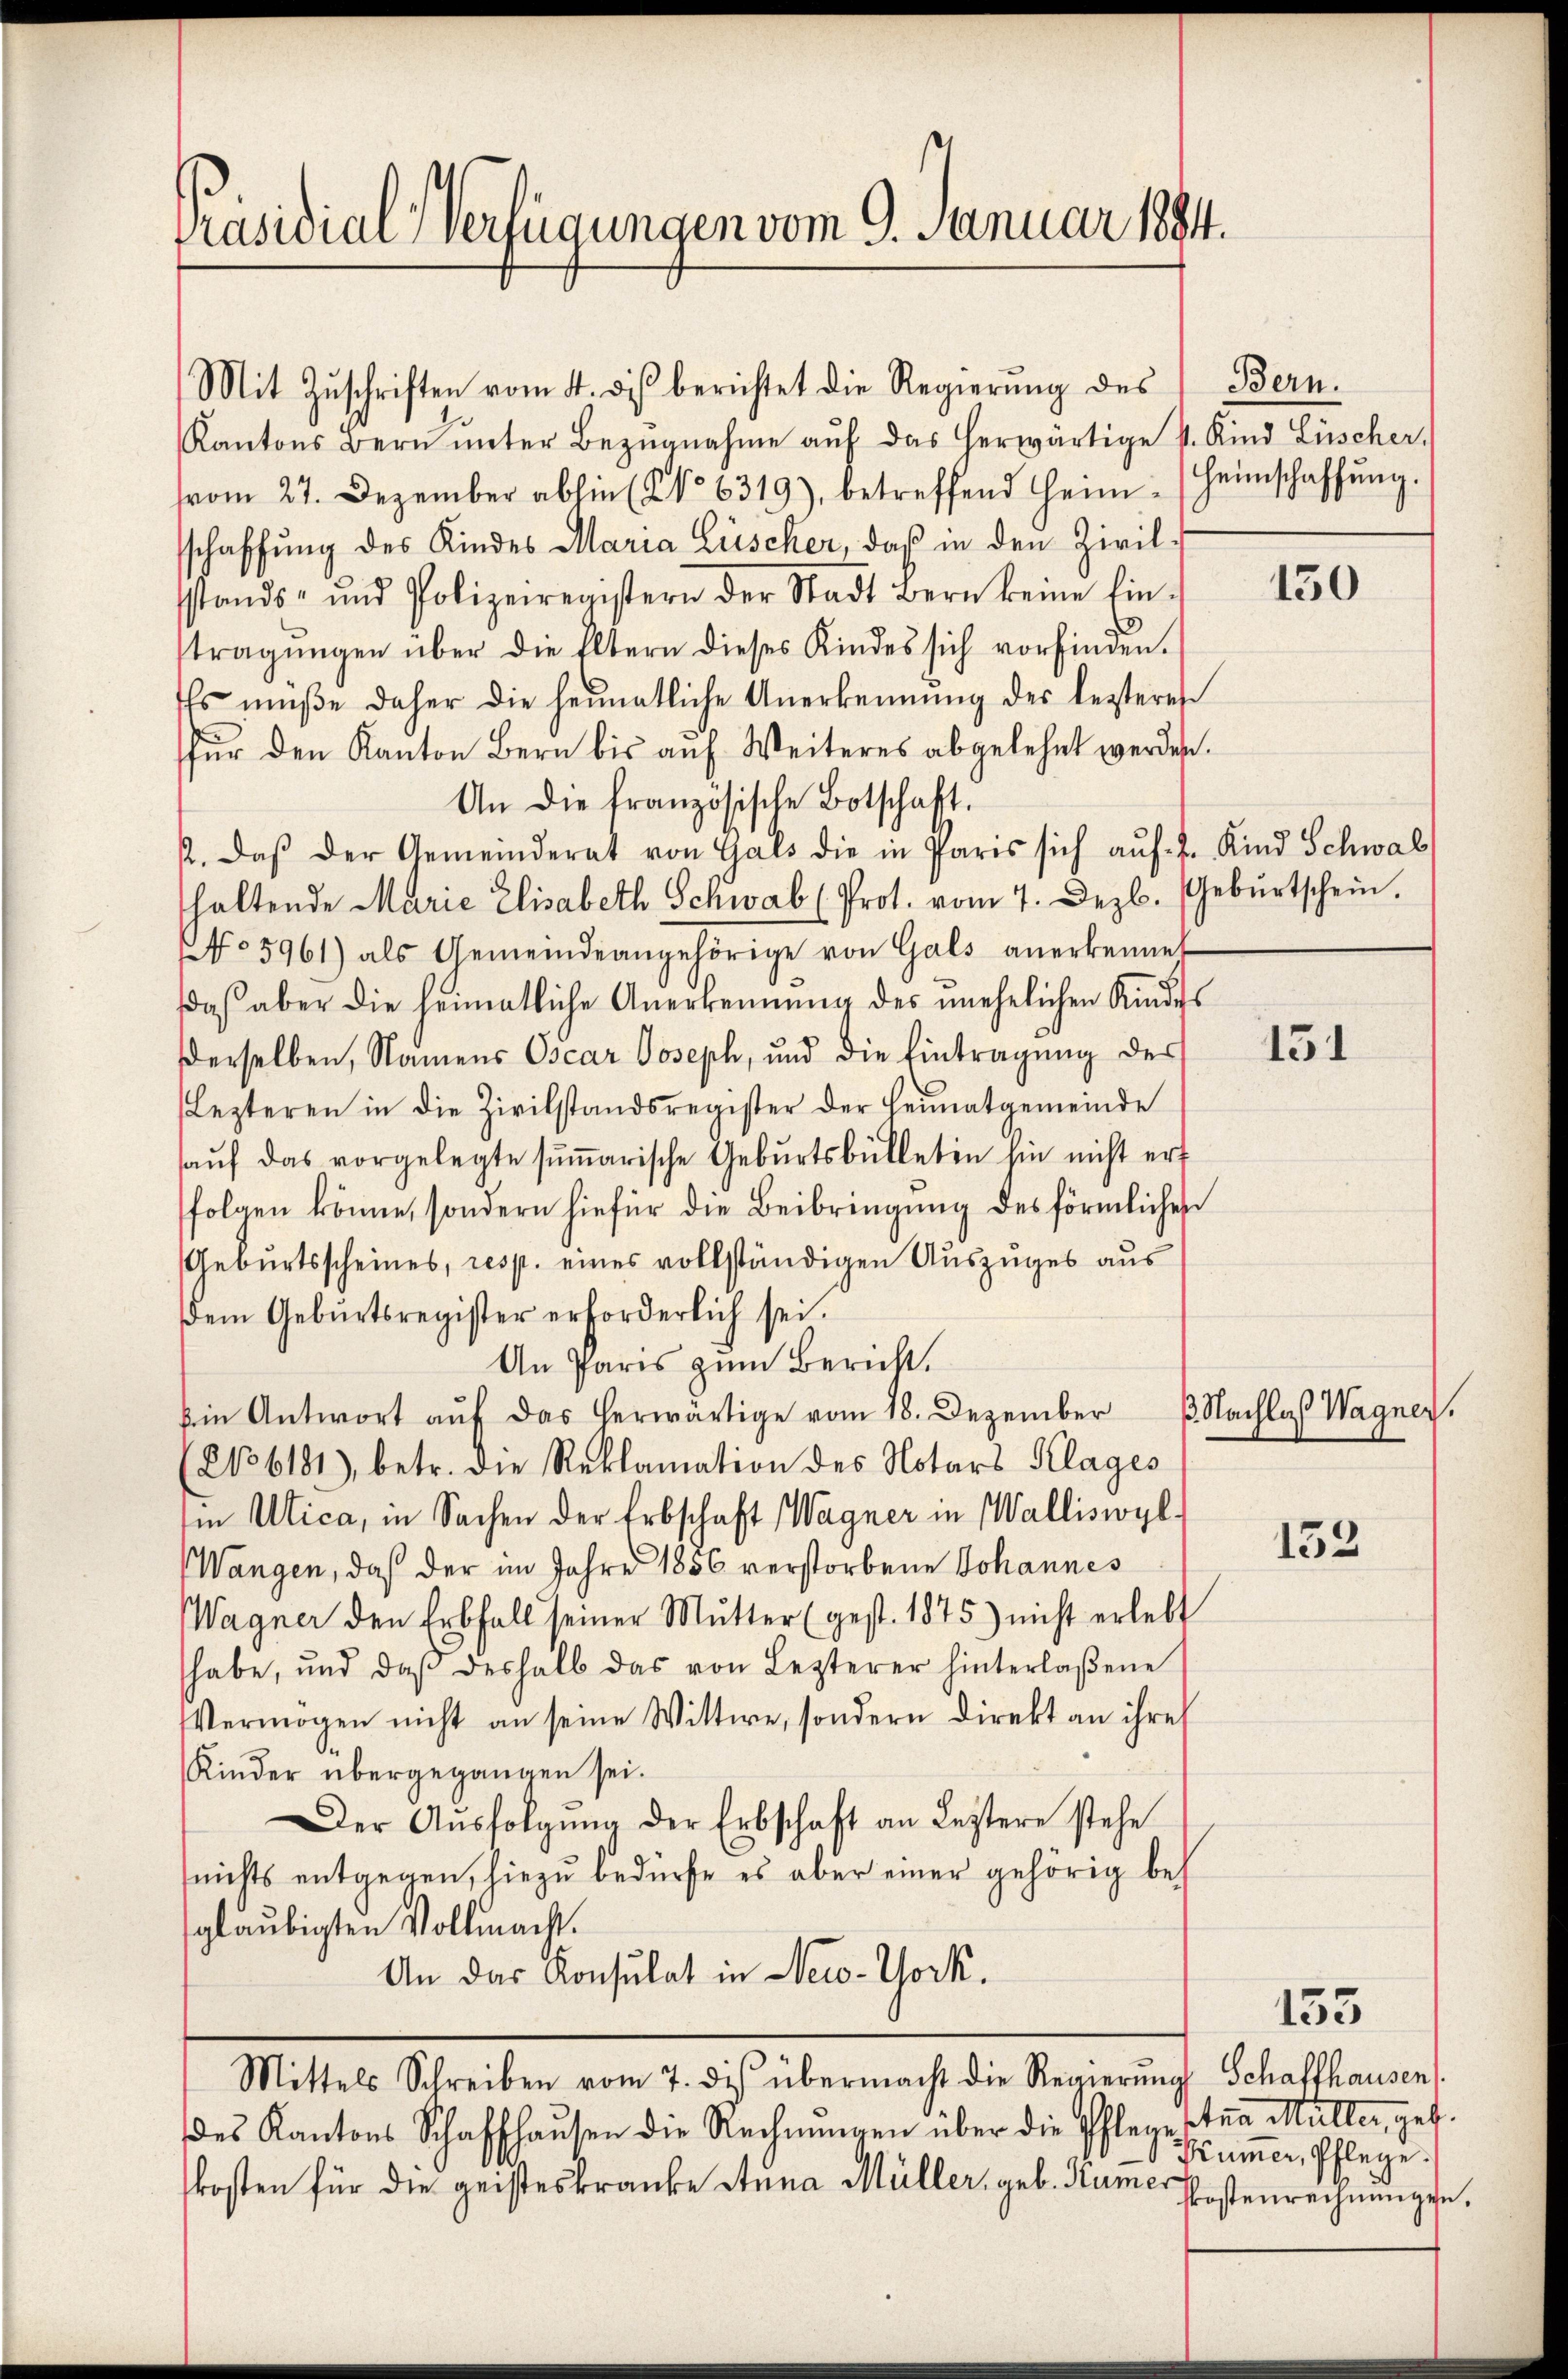
Präsidial-Verfügungen vom 9. Januar 1884.

Mit Zŭschriften vom 4. des berichtet die Regierŭng des Bern.
Kantons Bern ŭnter Bezŭgnahme aŭf das herwärtige v. Kind Lüscher,
vom 27. Dezember abhin (No 6319), betreffend Heim (Heimschaffŭng.
sschaffung des Kindes Maria Lüscher, daß in den Zivil.
sstands- und Polizeiregistern der Stadt Bern keine Ein-
tragungen über die Eltern dieses Kindes sich vorfinden.
Es müße daher die heimatliche Anerkennung des lezteres
für den Kanton Bern bis auf Weiteres abgelehnt werden.
An die französische Botschaft.
2. daβ der Gemeinderat von Hals die in Paris sich aŭf 2 Kind Schwab
haltende Marie Elisabeth Schwab (Prot. vom 7. Dezb. Gebŭrtschein.
No 5961) als Gemeindeangehörige von Gals anerkennet
daβ aber die heimatliche Anerkennung des unehelichen Kindes
derselben, Namens Oscar Joseph, und die Eintragŭng des
Lezteren in die Zivilstandsregister der Heimatgemeinde
haŭf das vorgelegte sŭṁarische Geburtsbülleten hin nicht ert
folgen könne, sondern hiefür die Beibringung des förmlichen
Geburtsscheines, resp. eines vollständigen Auszuges aus
dem Gebŭrtsregister erforderlich sei.
An Paris zum Bericht,
Ein Antwort auf das herwärtige vom 18. Dezember
(26181) betr. die Reklamation des Notars Klages
ii Ulica, in Sachen der Erbschaft Wagner in Walliswyl
Wangen, daß der im Jahre 1856 verstorbene Johannes
Wagner den Erbfall seiner Mŭtter (gest. 1875) nicht erlebt
habe, und daß deshalb das von Lezterer hinterlaßene
Vermögen nicht an seine Wittwe, sondern direkt an ihres
Kinder übergegangen sei.
Der Aŭsfolgŭng der Erbschaft an Leztere stehe
(nichts entgegen, hiezu bedürfe es aber einer gehörig bes
glaubigten Vollmacht.
An das Konsulat in New-York.
Mittels Schreiben vom 7. des übermacht die Regierung Schaffhausen
des Kantons Schaffhaŭsen die Rechnŭngen über die Pflegester Müller, geb.
kosten für die geisteskranke Anna Müller, geb. Rümer

130

151

ß. Nachlas Wagner.

152

155

Kümer, Pflege.
Kostenrechnungen.